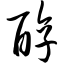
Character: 醇